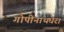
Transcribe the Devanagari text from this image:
गोपीनाथघेरा